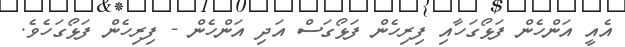
އެއީ އަންހެން ފަޅޯގަހާއި ފިރިހެން ފަޅޯގަސް އަދި އަންހެން - ފިރިހެން ފަޅޯގަހެވެ.